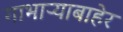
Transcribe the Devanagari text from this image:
गाभाऱ्याबाहेर